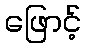
ဖြောင့်